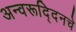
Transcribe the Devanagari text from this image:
अन्वरूद्दिनचे